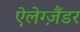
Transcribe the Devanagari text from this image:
ऐलेग्ज़ैंडर